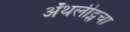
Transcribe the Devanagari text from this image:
ॲथलीट्सचा